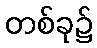
တစ်ခု၌